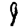
Digit: 9